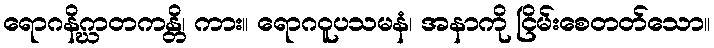
ရောဂနိဂ္ဃာတကန္တိ၊ ကား။ ရောဂဝူပသမနံ၊ အနာကို ငြိမ်းစေတတ်သော။